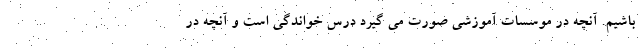
باشیم. آنچه در موسسات آموزشی صورت می گیرد درس خواندگی است و آنچه در